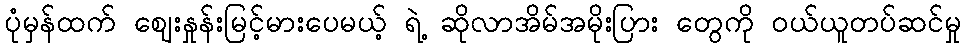
ပုံမှန်ထက် ဈေးနှုန်းမြင့်မားပေမယ့် ရဲ့ ဆိုလာအိမ်အမိုးပြား တွေကို ဝယ်ယူတပ်ဆင်မှု